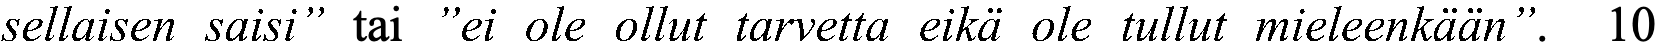
sellaisen saisi” tai ”ei ole ollut tarvetta eikä ole tullut mieleenkään”. 10